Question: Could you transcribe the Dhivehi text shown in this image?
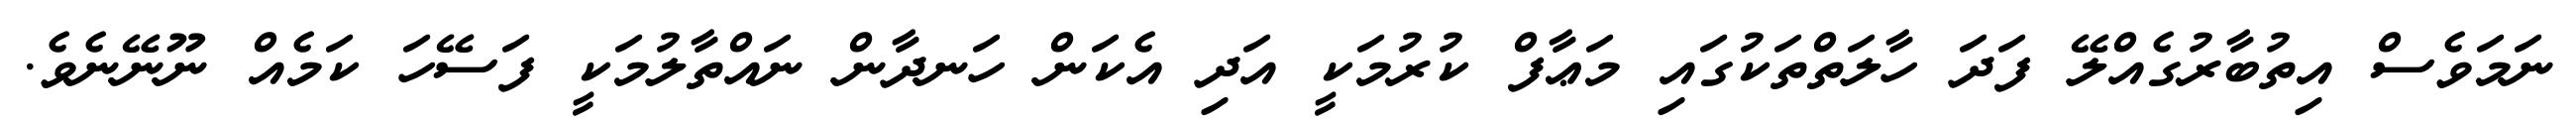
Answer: ނަމަވެސް އިތުބާރުގެއްލޭ ފަދަ ހާލަތްތަކުގައި މަޢާފް ކުރުމަކީ އަދި އެކަން ހަނދާން ނައްތާލުމަކީ ފަސޭހަ ކަމެއް ނޫނޭނެވެ.